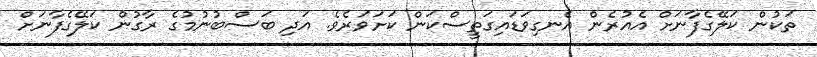
ތަކުން ކަލޭގެފާނަށް އެއުރެން އެނގިވަޑައިގަތީސްކަން ކަށަވަރެވެ. އަދި ބަސްބުނުމުގެ ރާގުން ކަލޭގެފާނަށް